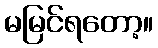
မမြင်ရတော့။